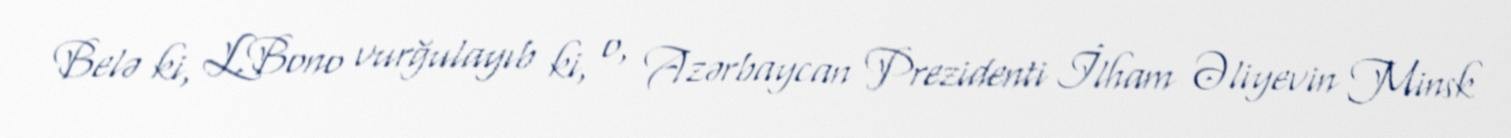
Belə ki, L.Bono vurğulayıb ki, o, Azərbaycan Prezidenti İlham Əliyevin Minsk